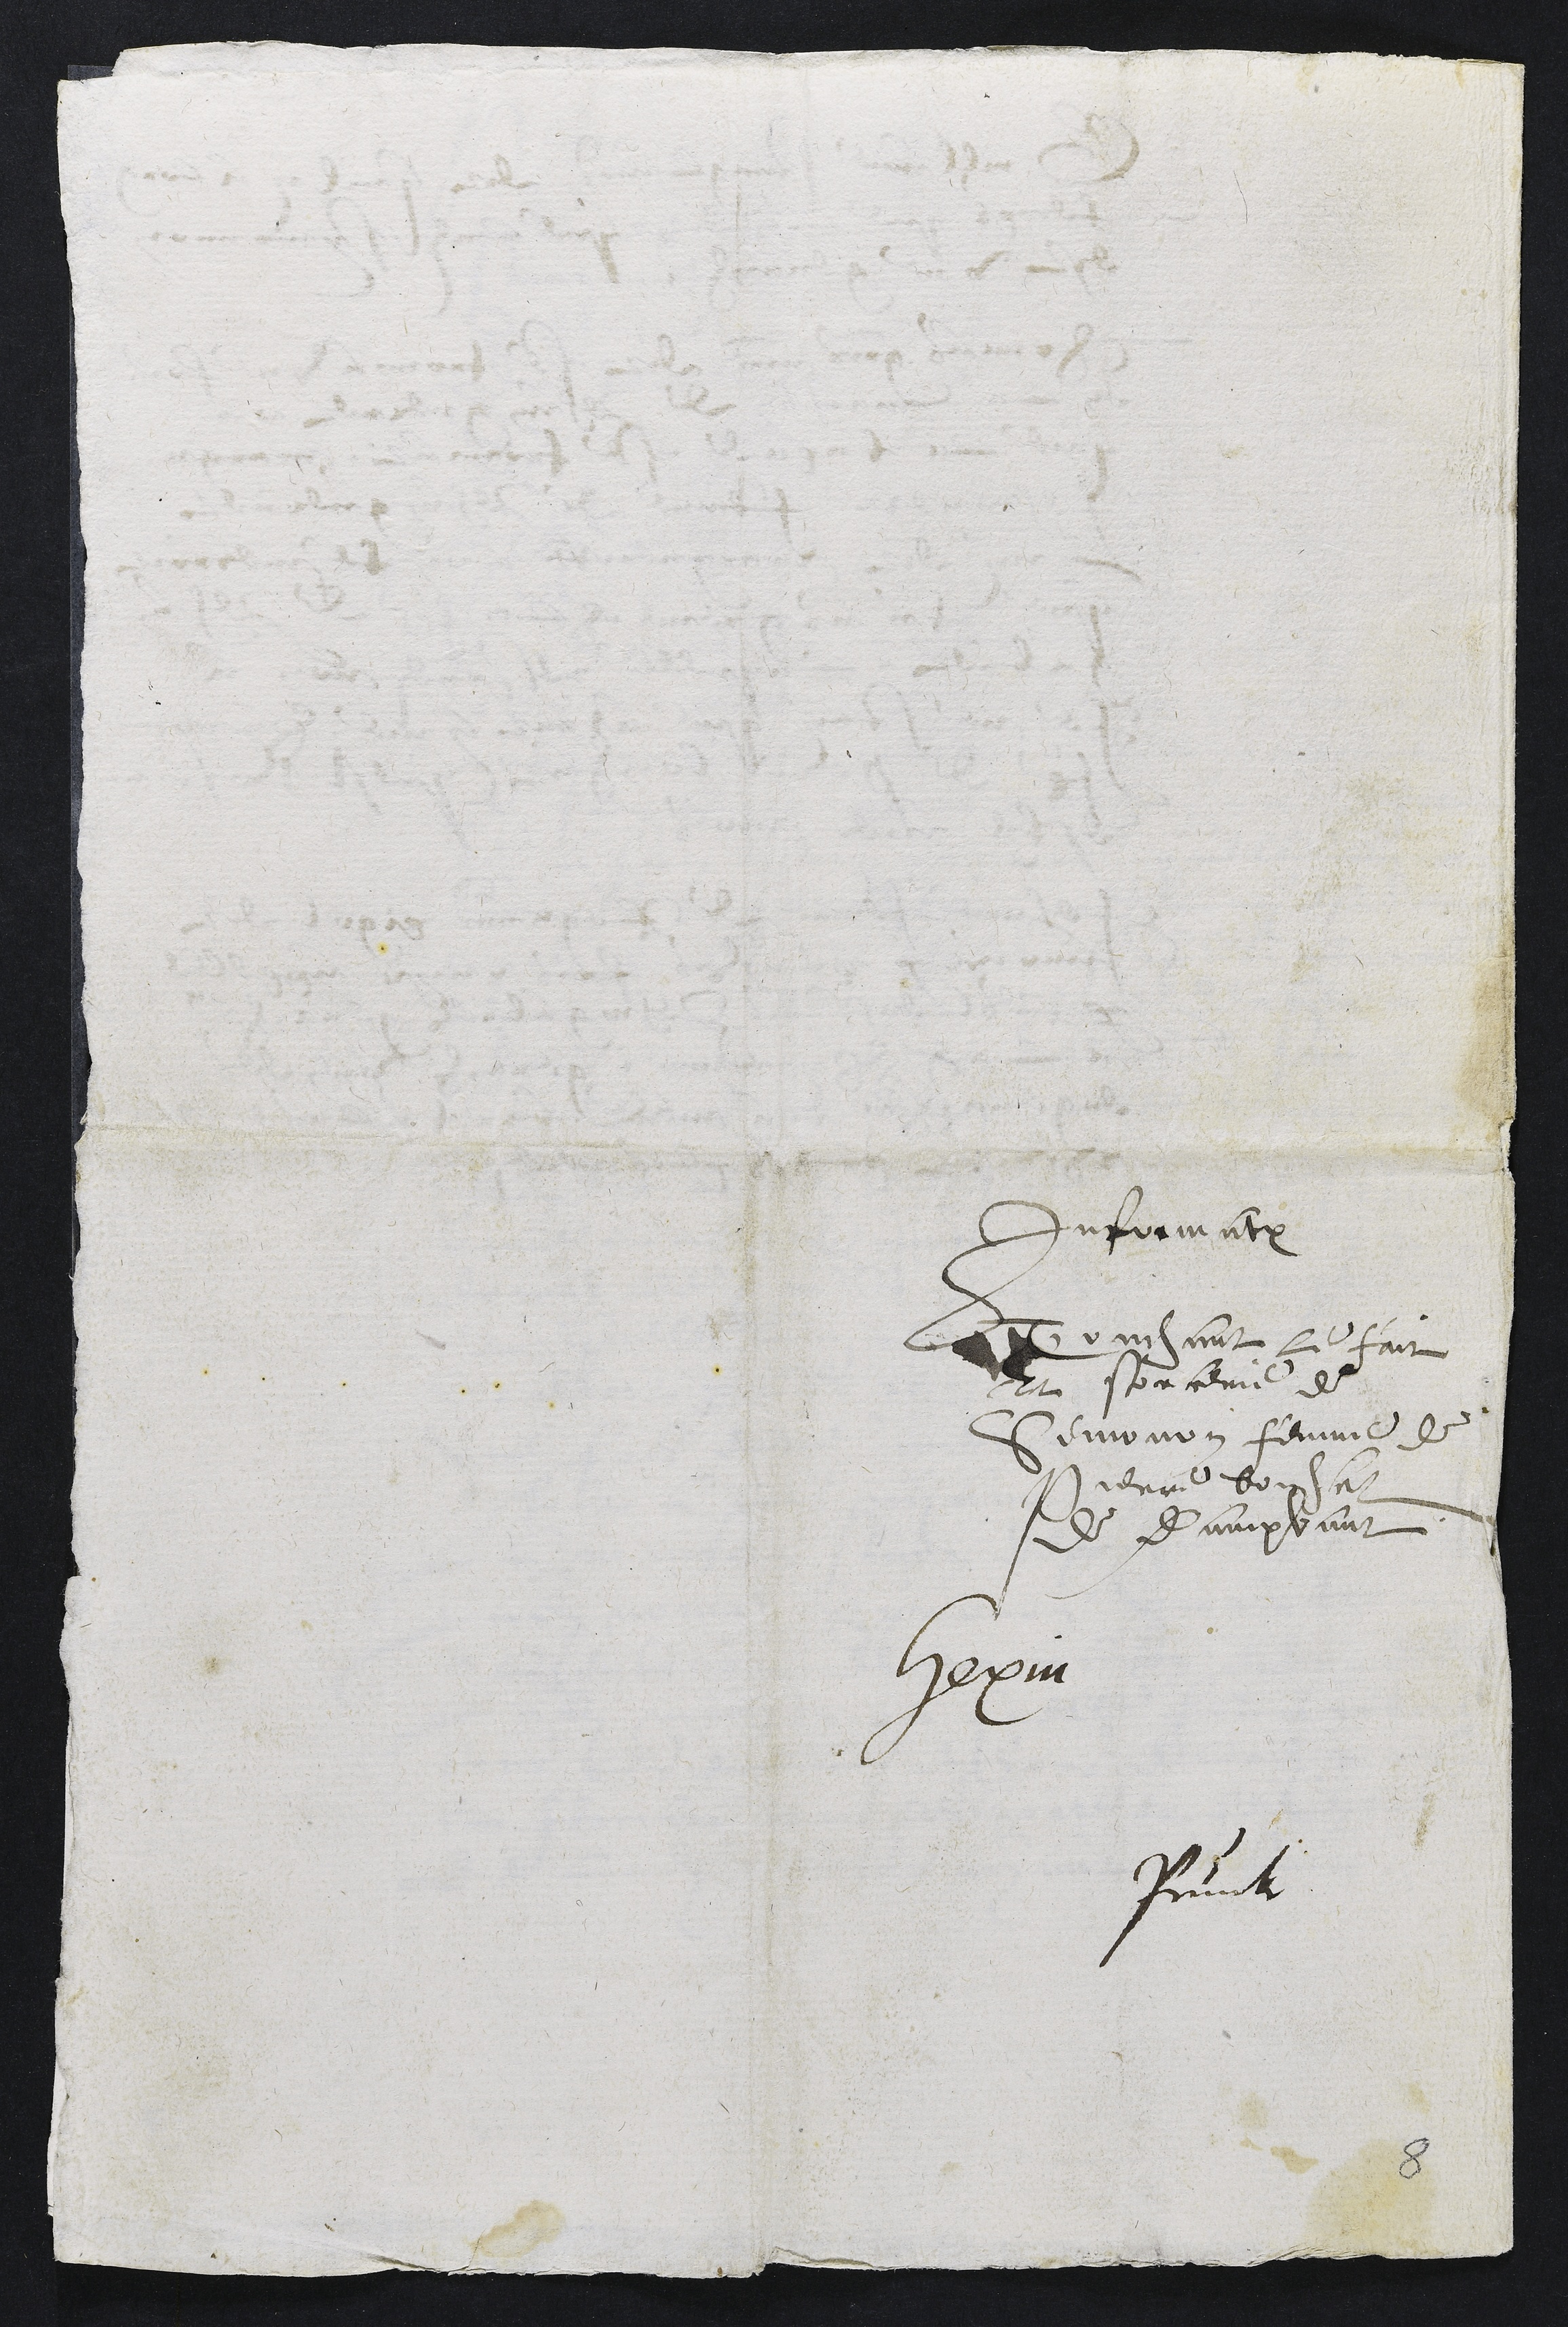
Information
Touchant le fait
et sorcerie de
Simonon femme de
Pierre boichat
de Dampvant
Hexin
Pruntrut
8